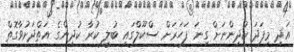
އަދި މިފަދަ ކުދިންނަށް ގިނަ ފަހަރަށް ސްކޫލްގައި ބުލީ ކުރާ ކުދިންގެ އަތްދަށުވާގޮތް